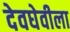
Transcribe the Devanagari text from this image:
देवघेवीला